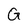
Character: G